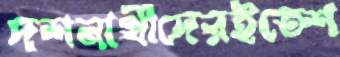
দশনার্থীদেরইতেশ